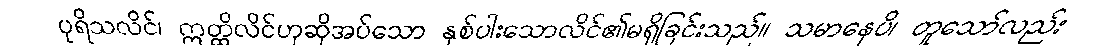
ပုရိသလိင်၊ ဣတ္ထိလိင်ဟုဆိုအပ်သော နှစ်ပါးသောလိင်၏မရှိခြင်းသည်။ သမာနေပိ၊ တူသော်လည်း